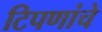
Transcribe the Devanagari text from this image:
टिपणांचे